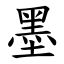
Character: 墨